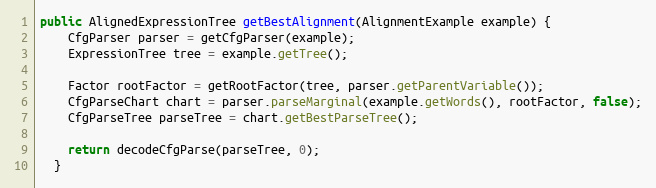
Language: Java
public AlignedExpressionTree getBestAlignment(AlignmentExample example) {
    CfgParser parser = getCfgParser(example);
    ExpressionTree tree = example.getTree();

    Factor rootFactor = getRootFactor(tree, parser.getParentVariable());
    CfgParseChart chart = parser.parseMarginal(example.getWords(), rootFactor, false);
    CfgParseTree parseTree = chart.getBestParseTree();

    return decodeCfgParse(parseTree, 0);
  }